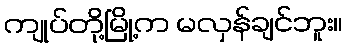
ကျုပ်တို့မြို့က မလှန်ချင်ဘူး။